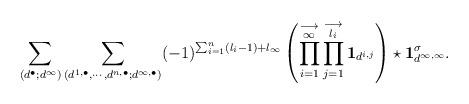
LaTeX: \begin{align*}\sum_{(d^{\bullet}; d^{\infty})} \sum_{(d^{1, \bullet}, \cdots , d^{n, \bullet} ; d^{\infty, \bullet})} (-1)^{ \sum_{i=1}^n (l_i -1) + l_{\infty}} \left( \prod_{i=1}^{\substack{\longrightarrow \\ \infty}} \prod_{j=1}^{\substack{\longrightarrow \\ l_i}} \mathbf{1}_{d^{i,j}} \right) \star \mathbf{1}_{d^{\infty, \infty}}^{\sigma}.\end{align*}